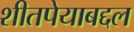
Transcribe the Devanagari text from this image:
शीतपेयाबद्दल